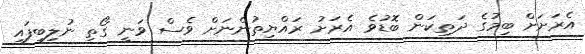
އެރަށަށް ބިމުގެ ދަތިކަން ބޮޑުވެ އެރަށު ރައްޔިތުންނަށް ވެސް ވަނީ ގޯތި ނުލިބިފައި